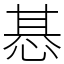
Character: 惎